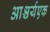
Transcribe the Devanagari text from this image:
आश्चर्यएक